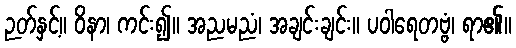
ဉတ်နှင့်။ ဝိနာ၊ ကင်း၍။ အညမညံ၊ အချင်းချင်း။ ပဝါရေတဗ္ဗံ၊ ရာ၏။